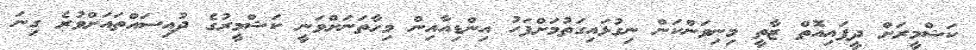
ކަޝްމީރަށް ދީފައިއޮތް ޒާތީ މިނިވަންކަން ނިގުޅައިގަތުމަށްފަހު އިންޑިއާއިން މިހާތަނަށްވަނީ ކަޝްމީރުގެ ދުއިސައްތައަށްވުރެ ގިނަ